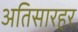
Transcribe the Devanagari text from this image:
अतिसारहर